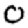
Digit: 0